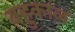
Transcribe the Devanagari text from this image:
बहुकाळ